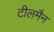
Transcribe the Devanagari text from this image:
टीलमैन